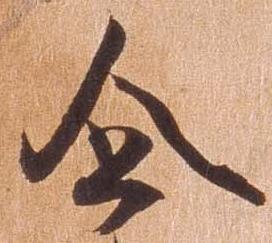
企